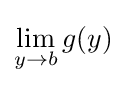
\lim _{y\to b}g(y)